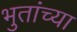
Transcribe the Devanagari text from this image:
भुतांच्या